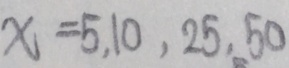
x = 5 , 1 0 , 2 5 , 5 0